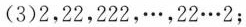
(3)2，22，222，···，22···2；